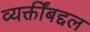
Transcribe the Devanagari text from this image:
व्यक्तींबद्दल